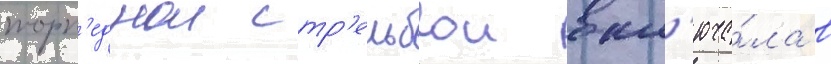
торп'еднои стр'ельбои вкл'юча́ла в